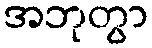
အဘုတွာ